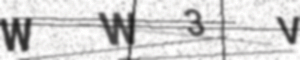
Text: WW3V